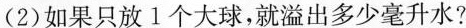
(2)如果只放1个大球，就溢出多少毫升水?